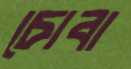
চোবা